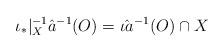
LaTeX: \begin{align*}\iota_*|_X^{-1}\hat{a}^{-1}(O) = \hat{\iota a}^{-1}(O)\cap X\end{align*}